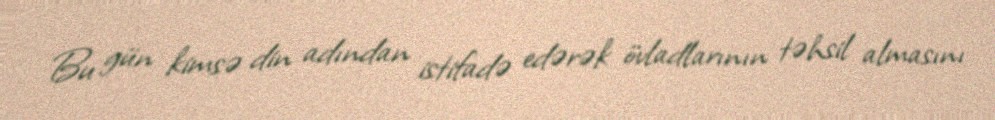
Bu gün kimsə din adından istifadə edərək övladlarının təhsil almasını